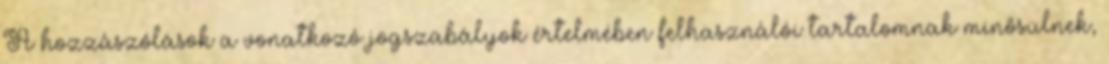
A hozzászólások a vonatkozó jogszabályok értelmében felhasználói tartalomnak minősülnek,